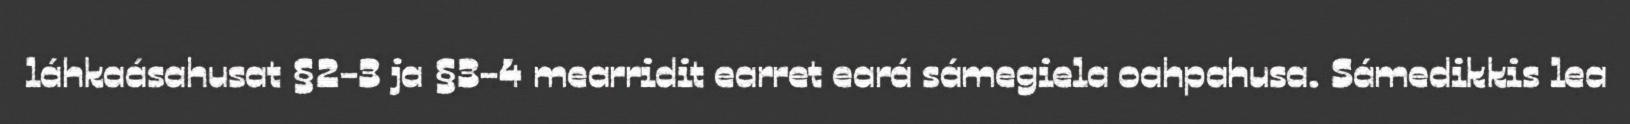
láhkaásahusat §2-3 ja §3-4 mearridit earret eará sámegiela oahpahusa. Sámedikkis lea